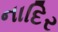
નાદિર